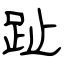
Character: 趾